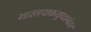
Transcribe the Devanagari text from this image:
भारतपाकयुध्दानंतर